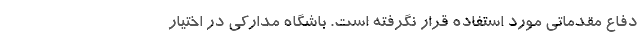
دفاع مقدماتی مورد استفاده قرار نگرفته است. باشگاه مدارکی در اختیار